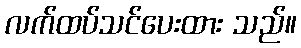
လက်ထပ်သင်ပေးထား သည်။